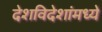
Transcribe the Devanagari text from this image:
देशविदेशांमध्ये